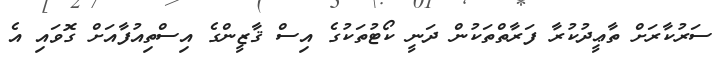
ސަރުކާރަށް ތާޢީދުކުރާ ފަރާތްތަކުން ދަނީ ކޯޓުތަކުގެ އިސް ޤާޒީންގެ އިސްތިއުފާއަށް ގޮވައި އެ